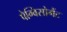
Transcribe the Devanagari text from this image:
पेग्विसोमैंट